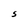
Character: S